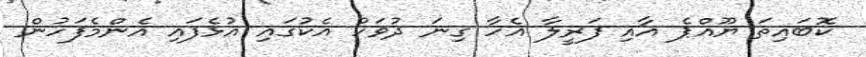
ކޮބައިތަ ޔޫއްޕެ އާއި ފަރީލާ އެހާ ގިނަ ދުވަހު އެކުގައި އުޅެފައި އެންމެފަހުން